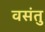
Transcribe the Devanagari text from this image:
वसंतु